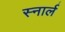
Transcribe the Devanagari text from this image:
स्नार्ल